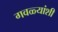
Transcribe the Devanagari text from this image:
गवळ्यांशी